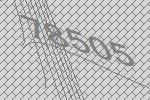
78505